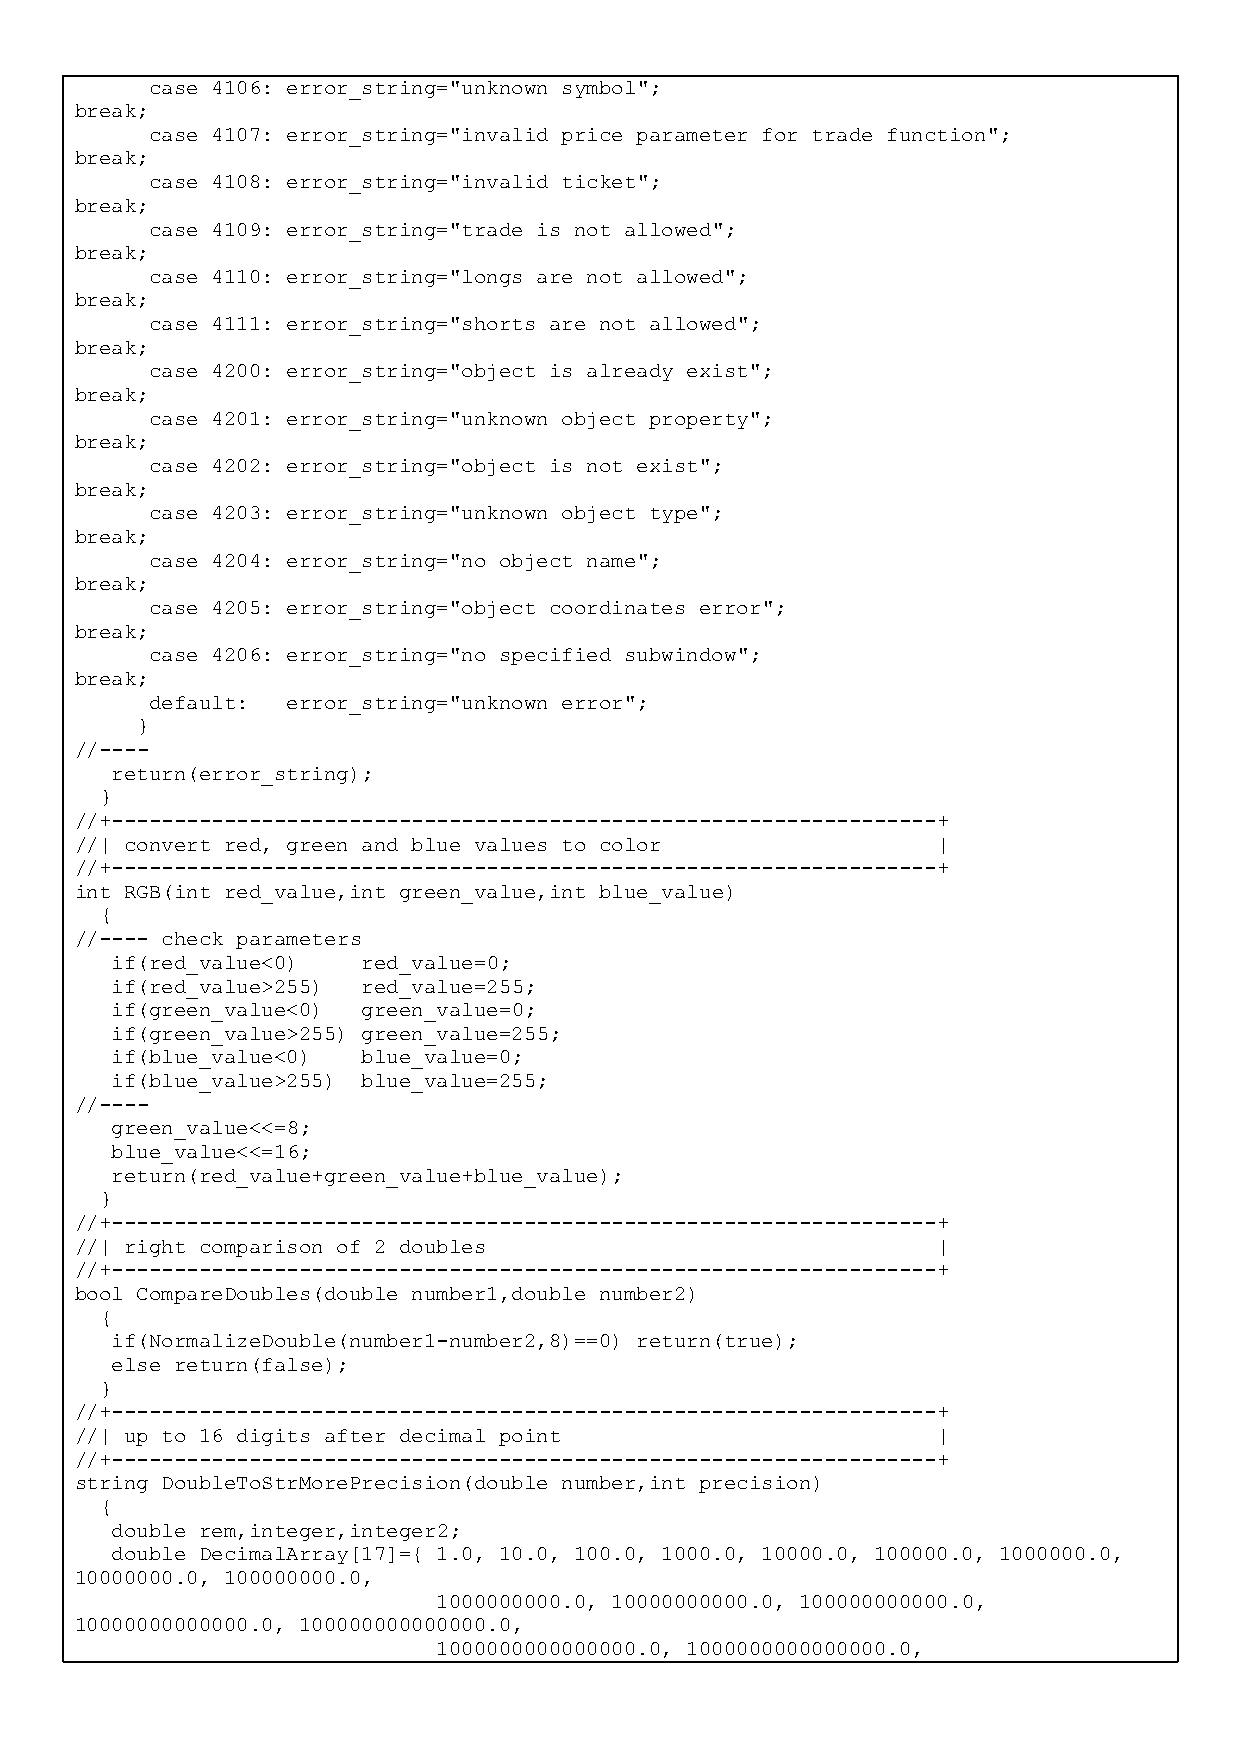
case 4106: error_string="unknown symbol";
 break;
 case 4107: error_string="invalid price parameter for trade function";
 break;
 case 4108: error_string="invalid ticket";
 break;
 case 4109: error_string="trade is not allowed";
 break;
 case 4110: error_string="longs are not allowed";
 break;
 case 4111: error_string="shorts are not allowed";
 break;
 case 4200: error_string="object is already exist";
 break;
 case 4201: error_string="unknown object property";
 break;
 case 4202: error_string="object is not exist";
 break;
 case 4203: error_string="unknown object type";
 break;
 case 4204: error_string="no object name";
 break;
 case 4205: error_string="object coordinates error";
 break;
 case 4206: error_string="no specified subwindow";
 break;
 default: error_string="unknown error";
 }
 //----
 return(error_string);
 }
 //+------------------------------------------------------------------+
 //| convert red, green and blue values to color          |
 //+------------------------------------------------------------------+
 int RGB(int red_value,int green_value,int blue_value)
 {
 //---- check parameters
 if(red_value<0)  red_value=0;
 if(red_value>255) red_value=255;
 if(green_value<0) green_value=0;
 if(green_value>255) green_value=255;
 if(blue_value<0) blue_value=0;
 if(blue_value>255) blue_value=255;
 //----
 green_value<<=8;
 blue_value<<=16;
 return(red_value+green_value+blue_value);
 }
 //+------------------------------------------------------------------+
 //| right comparison of 2 doubles                        |
 //+------------------------------------------------------------------+
 bool CompareDoubles(double number1,double number2)
 {
 if(NormalizeDouble(number1-number2,8)==0) return(true);
 else return(false);
 }
 //+------------------------------------------------------------------+
 //| up to 16 digits after decimal point                  |
 //+------------------------------------------------------------------+
 string DoubleToStrMorePrecision(double number,int precision)
 {
 double rem,integer,integer2;
 double DecimalArray[17]={ 1.0, 10.0, 100.0, 1000.0, 10000.0, 100000.0, 1000000.0,
 10000000.0, 100000000.0,
 1000000000.0, 10000000000.0, 100000000000.0,
 10000000000000.0, 100000000000000.0,
 1000000000000000.0, 1000000000000000.0,